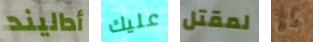
أداليند عليك لمقتل كل